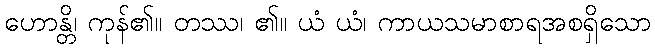
ဟောန္တိ၊ ကုန်၏။ တဿ၊ ၏။ ယံ ယံ၊ ကာယသမာစာရအစရှိသော